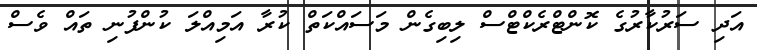
އަދި ސަރުކާރުގެ ކޮންޓްރެކްޓްސް ލިބިގެން މަސައްކަތް ކުރާ އަމިއްލަ ކުންފުނި ތައް ވެސް